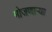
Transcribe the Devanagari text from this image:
मोजणार्‍या